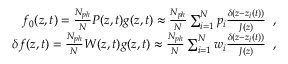
\begin{array} { r } { f _ { 0 } ( z , t ) = \frac { N _ { p h } } { N } P ( z , t ) g ( z , t ) \approx \frac { N _ { p h } } { N } \sum _ { i = 1 } ^ { N } p _ { i } \frac { \delta ( z - z _ { i } ( t ) ) } { J ( z ) } \; \; , } \\ { \delta f ( z , t ) = \frac { N _ { p h } } { N } W ( z , t ) g ( z , t ) \approx \frac { N _ { p h } } { N } \sum _ { i = 1 } ^ { N } w _ { i } \frac { \delta ( z - z _ { i } ( t ) ) } { J ( z ) } \; \; , } \end{array}